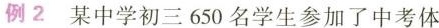
例2 某中学初三650名学生参加了中考体